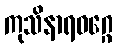
ကုသိနာရဝဂ္ဂေ